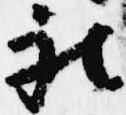
被